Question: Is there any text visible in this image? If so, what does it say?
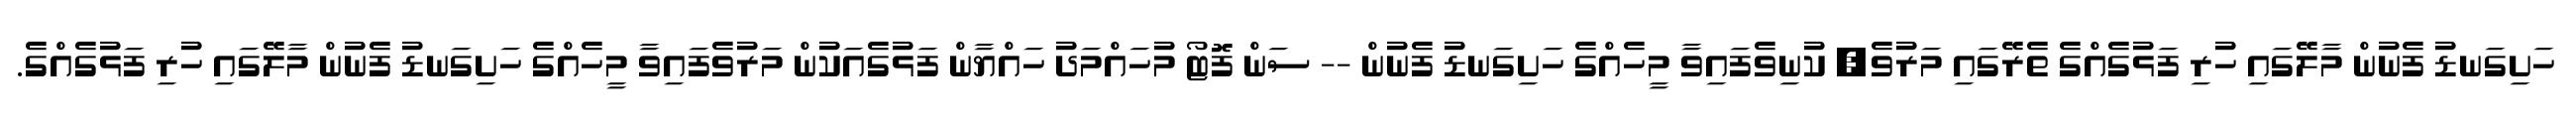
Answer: ހަށިގަނޑު ފެނުން މާލޭގައި ހުރި ފަޅުގެއްގެ ތެރޭގައި މަރުވެ, ކުނިވެފައިވާ މީހެއްގެ ހަށިގަނޑު ފެނުން -- ސަން ފޮޓޯ މުހައްމަދު ހައްޔާން ފަޅުގެއަކުން މަރުވެފައިވާ މީހެއްގެ ހަށިގަނޑު ފެނުން މާލޭގައި ހުރި ފަޅުގެއްގެ.